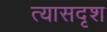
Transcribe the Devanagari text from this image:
त्यासदृश